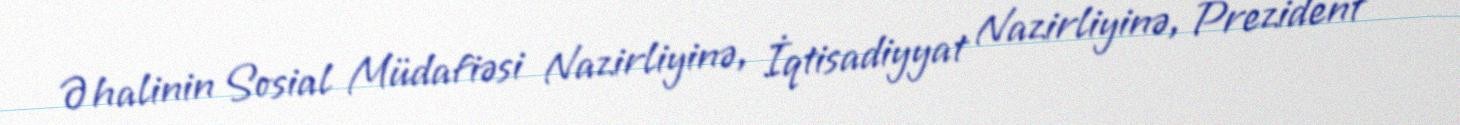
Əhalinin Sosial Müdafiəsi Nazirliyinə, İqtisadiyyat Nazirliyinə, Prezident